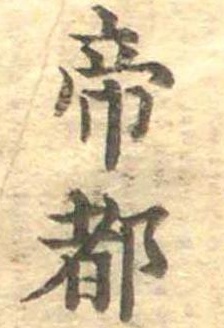
帝都